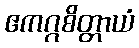
ဧကဂ္ဂစိတ္တာယံ